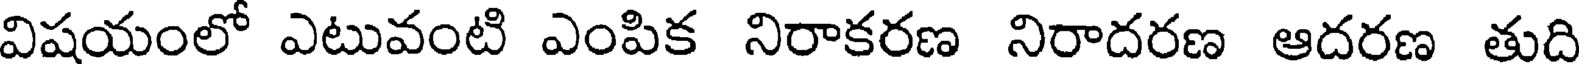
విషయంలో ఎటువంటి ఎంపిక నిరాకరణ నిరాదరణ ఆదరణ తుది